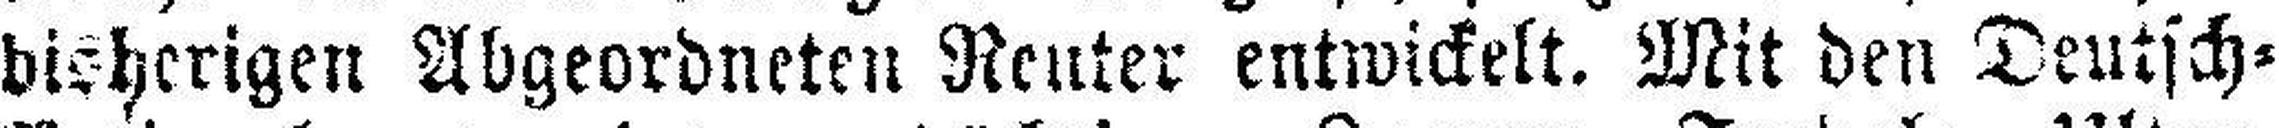
bisherigen Abgeordneten Reuter entwickelt. Mit den Deutsch-